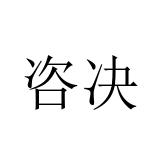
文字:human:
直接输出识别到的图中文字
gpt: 咨决